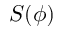
S ( \phi )